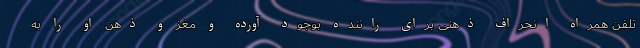
تلفن همراه انحراف ذهنی برای راننده بوجود آورده و مغز و ذهن او را به